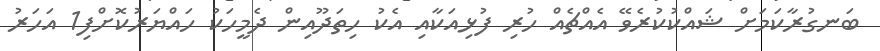
ބަނގުރާކަމަށް ޝައްކުކުރެވޭ އެއްޗެއް ހުރި ފުޅިއަކާއި އެކު ހިތަދޫއިން ދެމީހަކު ހައްޔަރުކޮށްފި1 އަހަރު